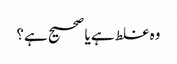
وہ غلط ہے یا صحیح ہے؟